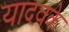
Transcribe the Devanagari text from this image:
यादवके